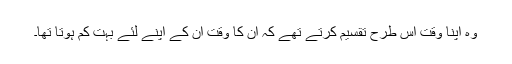
وہ اپنا وقت اس طرح تقسیم کرتے تھے کہ ان کا وقت ان کے اپنے لئے بہت کم ہوتا تھا۔